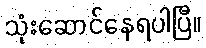
သုံးဆောင်နေရပါပြီ။